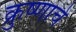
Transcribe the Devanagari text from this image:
क्रुष्णाचे